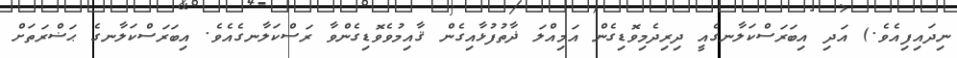
ނިދައިފިއެވެ.) އަދި އިބަރަސްކަލާނގެއީ ދިރިދެމިވޮޑިގެން އަމިއްލަ ޛާތުފުޅާއިގެން ޤާއިމުވެވޮޑިގެންވާ ރަސްކަލާނގެއެވެ. އިބަރަސްކަލާނގެ ޙަޟްރަތަށް